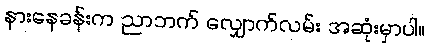
နားနေခန်းက ညာဘက် လျှောက်လမ်း အဆုံးမှာပါ။